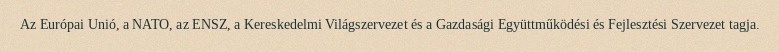
Az Európai Unió, a NATO, az ENSZ, a Kereskedelmi Világszervezet és a Gazdasági Együttműködési és Fejlesztési Szervezet tagja.